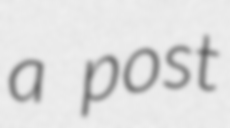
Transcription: a post